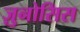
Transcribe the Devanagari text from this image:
ज़ुनोसिस